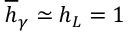
\overline { { h } } _ { \gamma } \simeq h _ { L } = 1